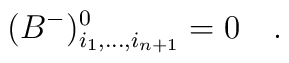
(B^-)^{0}_{i_1,...,i_{n+1}}=0~~~.